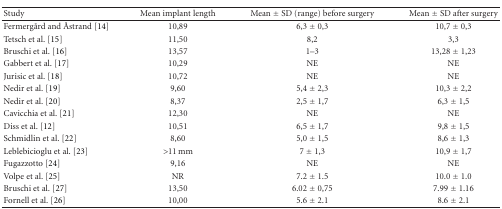
<table><thead><tr><td><b>Study</b></td><td><b>Mean implant length</b></td><td><b>Mean ± SD (range) before surgery</b></td><td><b>Mean ± SD after surgery</b></td></tr></thead><tbody><tr><td>Fermergård and Åstrand [14]</td><td>10,89</td><td>6,3 ± 0,3</td><td>10,7 ± 0,3</td></tr><tr><td>Tetsch et al. [15]</td><td>11,50</td><td>8,2</td><td>3,3</td></tr><tr><td>Bruschi et al. [16]</td><td>13,57</td><td>1–3</td><td>13,28 ± 1,23</td></tr><tr><td>Gabbert et al. [17]</td><td>10,29</td><td>NE</td><td>NE</td></tr><tr><td>Jurisic et al. [18]</td><td>10,72</td><td>NE</td><td>NE</td></tr><tr><td>Nedir et al. [19]</td><td>9,60</td><td>5,4 ± 2,3</td><td>10,3 ± 2,2</td></tr><tr><td>Nedir et al. [20]</td><td>8,37</td><td>2,5 ± 1,7</td><td>6,3 ± 1,5</td></tr><tr><td>Cavicchia et al. [21]</td><td>12,30</td><td>NE</td><td>NE</td></tr><tr><td>Diss et al. [12]</td><td>10,51</td><td>6,5 ± 1,7</td><td>9,8 ± 1,5</td></tr><tr><td>Schmidlin et al. [22]</td><td>8,60</td><td>5,0 ± 1,5</td><td>8,6 ± 1,3</td></tr><tr><td>Leblebicioglu et al. [23]</td><td>&gt;11 mm</td><td>7 ± 1,3</td><td>10,9 ± 1,7</td></tr><tr><td>Fugazzotto [24]</td><td>9,16</td><td>NE</td><td>NE</td></tr><tr><td>Volpe et al. [25]</td><td>NR</td><td>7.2 ± 1.5</td><td>10.0 ± 1.0</td></tr><tr><td>Bruschi et al. [27]</td><td>13,50</td><td>6.02 ± 0,75</td><td>7.99 ± 1.16</td></tr><tr><td>Fornell et al. [26]</td><td>10,00</td><td>5.6 ± 2.1</td><td>8.6 ± 2.1</td></tr></tbody></table>